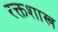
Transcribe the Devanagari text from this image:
रक्तशास्त्र